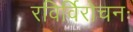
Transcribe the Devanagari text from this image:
रविर्विरोचनः